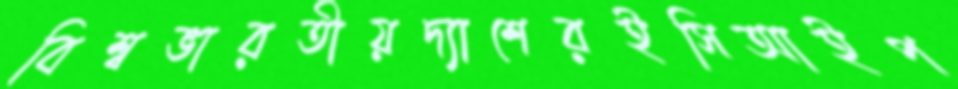
বিশ্বভারতীয়দ্যাশেরইসিআইপ